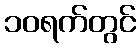
၁၀ရက်တွင်